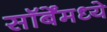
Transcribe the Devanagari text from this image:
सॉर्बेंमध्ये